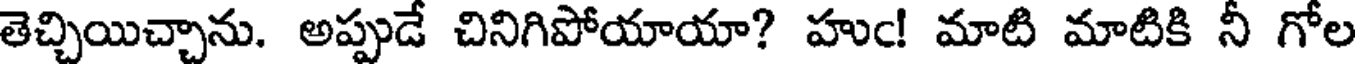
తెచ్చియిచ్చాను. అప్పుడే చినిగిపోయాయా? హుఁ! మాటి మాటికి నీ గోల